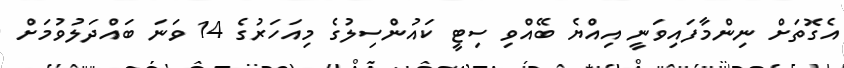
އެގޮތަށް ނިންމާފައިވަނީ އިއްޔެ ބޭއްވި ސިޓީ ކައުންސިލުގެ މިއަހަރުގެ 14 ވަނަ ބައްދަލުވުމަށް